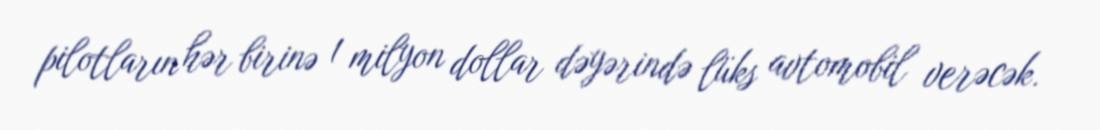
pilotların hər birinə 1 milyon dollar dəyərində lüks avtomobil verəcək.